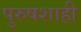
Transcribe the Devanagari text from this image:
पुरुषशाही